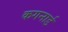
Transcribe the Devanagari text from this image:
कगनार्ड